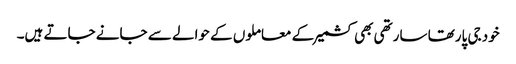
خود جی پارتھا سارتھی بھی کشمیر کے معاملوں کے حوالے سے جانے جاتے ہیں۔